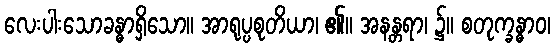
လေးပါးသောခန္ဓာရှိသော။ အာရုပ္ပစုတိယာ၊ ၏။ အနန္တရာ၊ ၌။ စတုက္ခန္ဓာဝ၊